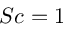
S c = 1